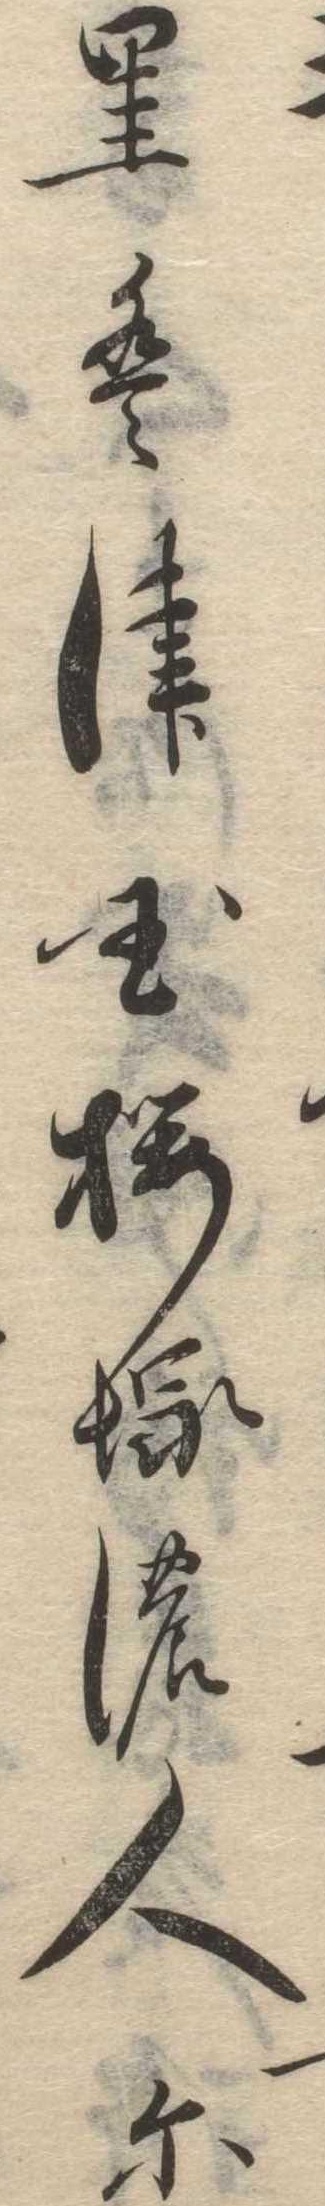
里は津国桜塚の人に